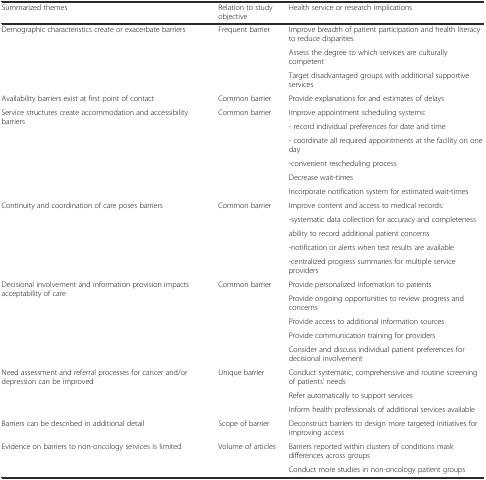
<table><thead><tr><td><b>Summarized themes</b></td><td><b>Relation to study objective</b></td><td><b>Health service or research implications</b></td></tr></thead><tbody><tr><td rowspan="3">Demographic characteristics create or exacerbate barriers</td><td rowspan="3">Frequent barrier</td><td>Improve breadth of patient participation and health literacy to reduce disparities</td></tr><tr><td>Assess the degree to which services are culturally competent</td></tr><tr><td>Target disadvantaged groups with additional supportive services</td></tr><tr><td>Availability barriers exist at first point of contact</td><td>Common barrier</td><td>Provide explanations for and estimates of delays</td></tr><tr><td rowspan="6">Service structures create accommodation and accessibility barriers</td><td rowspan="6">Common barrier</td><td>Improve appointment scheduling systems:</td></tr><tr><td>- record individual preferences for date and time</td></tr><tr><td>- coordinate all required appointments at the facility on one day</td></tr><tr><td>-convenient rescheduling process</td></tr><tr><td>Decrease wait-times</td></tr><tr><td>Incorporate notification system for estimated wait-times</td></tr><tr><td rowspan="5">Continuity and coordination of care poses barriers</td><td rowspan="5">Common barrier</td><td>Improve content and access to medical records:</td></tr><tr><td>-systematic data collection for accuracy and completeness</td></tr><tr><td>ability to record additional patient concerns</td></tr><tr><td>-notification or alerts when test results are available</td></tr><tr><td>-centralized progress summaries for multiple service providers</td></tr><tr><td rowspan="5">Decisional involvement and information provision impacts acceptability of care</td><td rowspan="5">Common barrier</td><td>Provide personalized information to patients</td></tr><tr><td>Provide ongoing opportunities to review progress and concerns</td></tr><tr><td>Provide access to additional information sources</td></tr><tr><td>Provide communication training for providers</td></tr><tr><td>Consider and discuss individual patient preferences for decisional involvement</td></tr><tr><td rowspan="3">Need assessment and referral processes for cancer and/or depression can be improved</td><td rowspan="3">Unique barrier</td><td>Conduct systematic, comprehensive and routine screening of patients’ needs</td></tr><tr><td>Refer automatically to support services</td></tr><tr><td>Inform health professionals of additional services available</td></tr><tr><td>Barriers can be described in additional detail</td><td>Scope of barrier</td><td>Deconstruct barriers to design more targeted initiatives for improving access</td></tr><tr><td rowspan="2">Evidence on barriers to non-oncology services is limited</td><td rowspan="2">Volume of articles</td><td>Barriers reported within clusters of conditions mask differences across groups</td></tr><tr><td>Conduct more studies in non-oncology patient groups</td></tr></tbody></table>